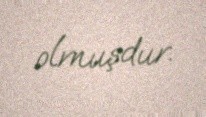
olmuşdur.